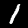
Label: 1